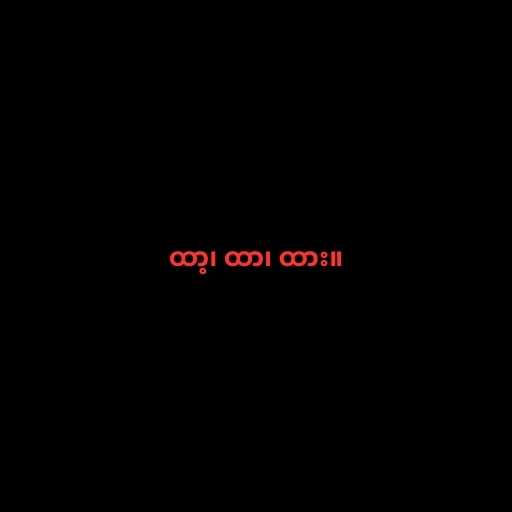
ထာ့၊ ထာ၊ ထား။